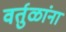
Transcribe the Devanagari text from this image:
वर्तुळांना